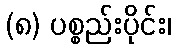
(၈) ပစ္စည်းပိုင်း၊